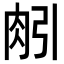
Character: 𦙢